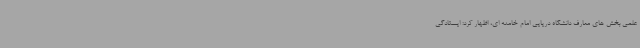
علمی بخش های معارف دانشگاه دریایی امام خامنه ای، اظهار کرد: ایستادگی